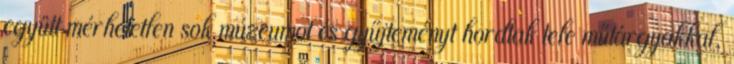
együtt mérhetetlen sok múzeumot és gyűjteményt hordtak tele műtárgyakkal,